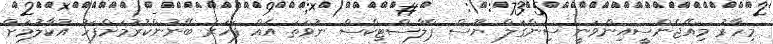
މިހާރު މިއޭޖެންސީއިންވަނީ ސިންގަލް ޔޫސް ޕްލާސްޓިކްސް ނުވަތަ އެއް ފަހަރު ބޭނުންކުރުމަށްފަހު އުކާލުމަށް